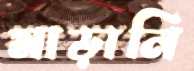
মাড়ানি